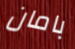
بامان